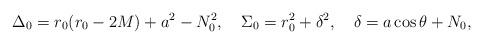
LaTeX: \begin{align*}\Delta_0=r_0(r_0-2M) + a^2 - N_0^2,\quad\Sigma_0=r_0^2+\delta^2,\quad \delta =a\cos\theta+N_0,\end{align*}